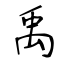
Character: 禹